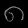
Digit: ၈